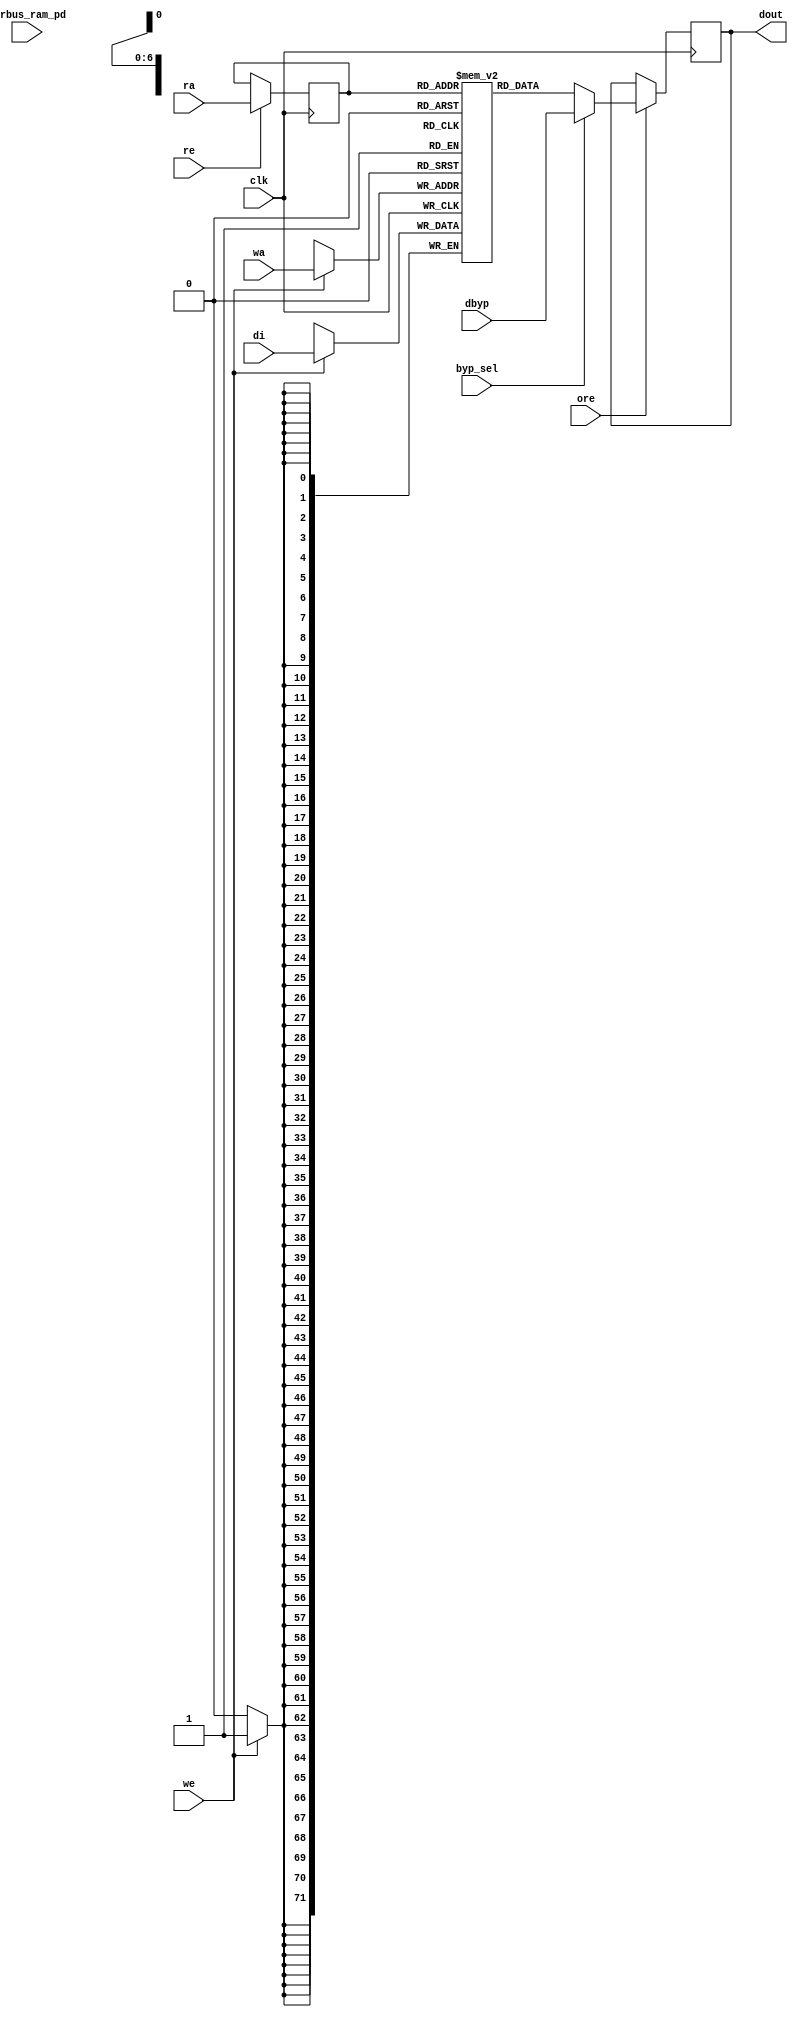
module nv_ram_rwsthp_80x72 (
  clk,
  ra,
  re,
  ore,
  dout,
  wa,
  we,
  di,
  byp_sel,
  dbyp,
  pwrbus_ram_pd
);
parameter FORCE_CONTENTION_ASSERTION_RESET_ACTIVE=1'b0;
// port list
input clk;
input [6:0] ra;
input re;
input ore;
output [71:0] dout;
input [6:0] wa;
input we;
input [71:0] di;
input byp_sel;
input [71:0] dbyp;
input [31:0] pwrbus_ram_pd;
//reg and wire list
reg [6:0] ra_d;
wire [71:0] dout;
reg [71:0] M [79:0];
always @( posedge clk ) begin
    if (we)
       M[wa] <= di;
end
always @( posedge clk ) begin
    if (re)
       ra_d <= ra;
end
wire [71:0] dout_ram = M[ra_d];
wire [71:0] fbypass_dout_ram = (byp_sel ? dbyp : dout_ram);
reg [71:0] dout_r;
always @( posedge clk ) begin
   if (ore)
       dout_r <= fbypass_dout_ram;
end
assign dout = dout_r;
endmodule